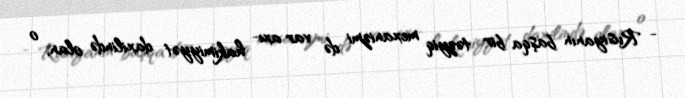
- Rusiyanın başqa bir təzyiq mexanizmi də var axı- hakimiyyət daxilində olan, o